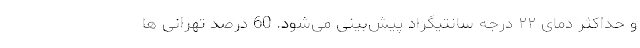
و حداکثر دمای ۲۲ درجه سانتیگراد پیش‌بینی می‌شود. 60 درصد تهرانی ها